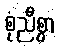
စုံညီစွာ